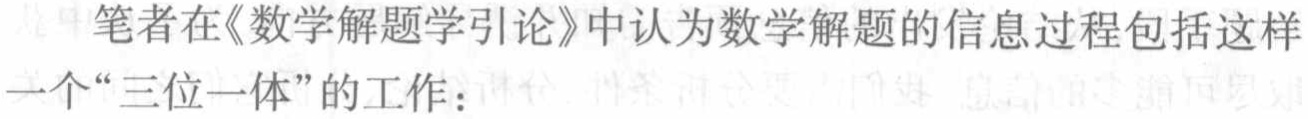
笔者在《数学解题学引论》中认为数学解题的信息过程包括这样一个“三位一体”的工作：